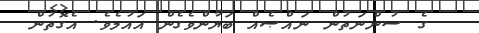
ގެ ސުންނަތުން ނައްޞެއް ބަޔާންވެގެން އައުމެވެ. އެގޮތުން